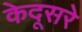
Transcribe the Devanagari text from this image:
केदूसरे